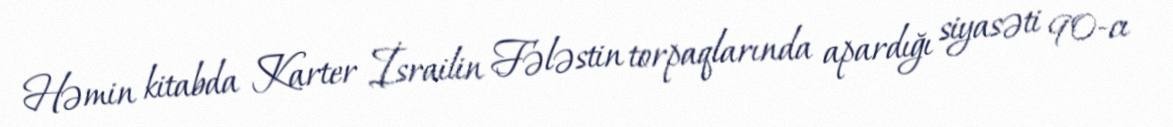
Həmin kitabda Karter İsrailin Fələstin torpaqlarında apardığı siyasəti 90-cı